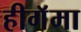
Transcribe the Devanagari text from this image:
हीगॅमा